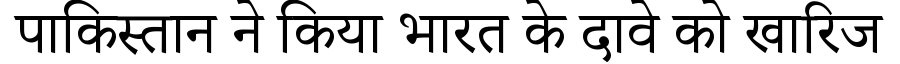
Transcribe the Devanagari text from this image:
पाकिस्तान ने किया भारत के दावे को खारिज